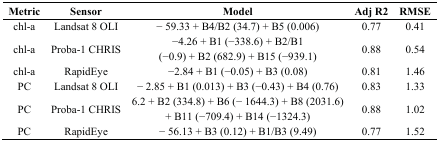
<table><thead><tr><td><b>Metric</b></td><td><b>Sensor</b></td><td><b>Model</b></td><td><b>Adj R2</b></td><td><b>RMSE</b></td></tr></thead><tbody><tr><td>chl-a</td><td>Landsat 8 OLI</td><td>− 59.33 + B4/B2 (34.7) + B5 (0.006)</td><td>0.77</td><td>0.41</td></tr><tr><td>chl-a</td><td>Proba-1 CHRIS</td><td>−4.26 + B1 (−338.6) + B2/B1 (−0.9) + B2 (682.9) + B15 (−939.1)</td><td>0.88</td><td>0.54</td></tr><tr><td>chl-a</td><td>RapidEye</td><td>−2.84 + B1 (−0.05) + B3 (0.08)</td><td>0.81</td><td>1.46</td></tr><tr><td>PC</td><td>Landsat 8 OLI</td><td>− 2.85 + B1 (0.013) + B3 (−0.43) + B4 (0.76)</td><td>0.83</td><td>1.33</td></tr><tr><td>PC</td><td>Proba-1 CHRIS</td><td>6.2 + B2 (334.8) + B6 (− 1644.3) + B8 (2031.6) + B11 (−709.4) + B14 (−1324.3)</td><td>0.88</td><td>1.02</td></tr><tr><td>PC</td><td>RapidEye</td><td>− 56.13 + B3 (0.12) + B1/B3 (9.49)</td><td>0.77</td><td>1.52</td></tr></tbody></table>